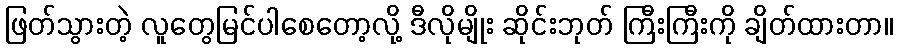
ဖြတ်သွားတဲ့ လူတွေမြင်ပါစေတော့လို့ ဒီလိုမျိုး ဆိုင်းဘုတ် ကြီးကြီးကို ချိတ်ထားတာ။